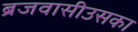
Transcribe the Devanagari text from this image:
ब्रजवासीउसका